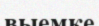
выемке